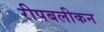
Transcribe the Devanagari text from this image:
रीपबलीकन